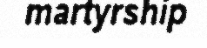
martyrship